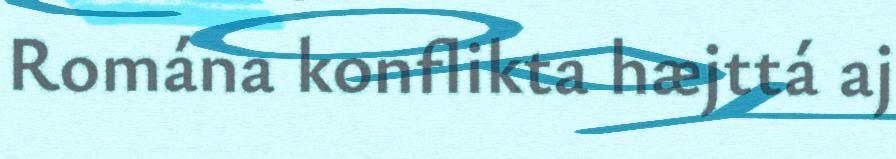
Romána konflikta hæjttá aj